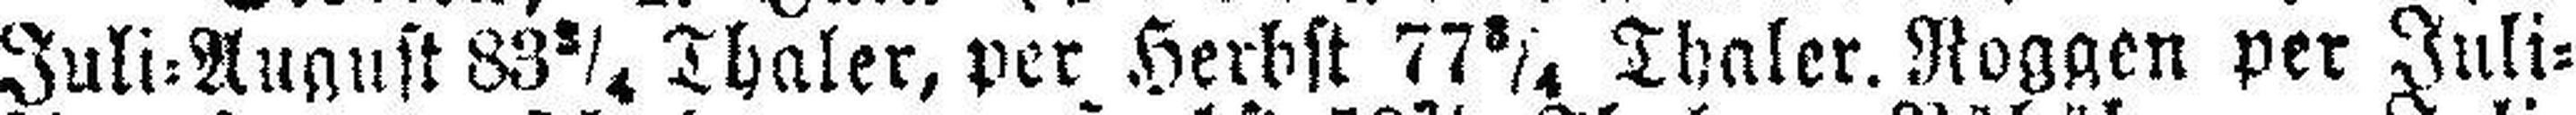
Juli=August 83 3/4 Thaler, per Herbst 77 3/4 Thaler. Roggen per Juli=